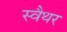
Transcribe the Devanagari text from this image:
स्वैथर